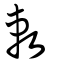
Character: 敕